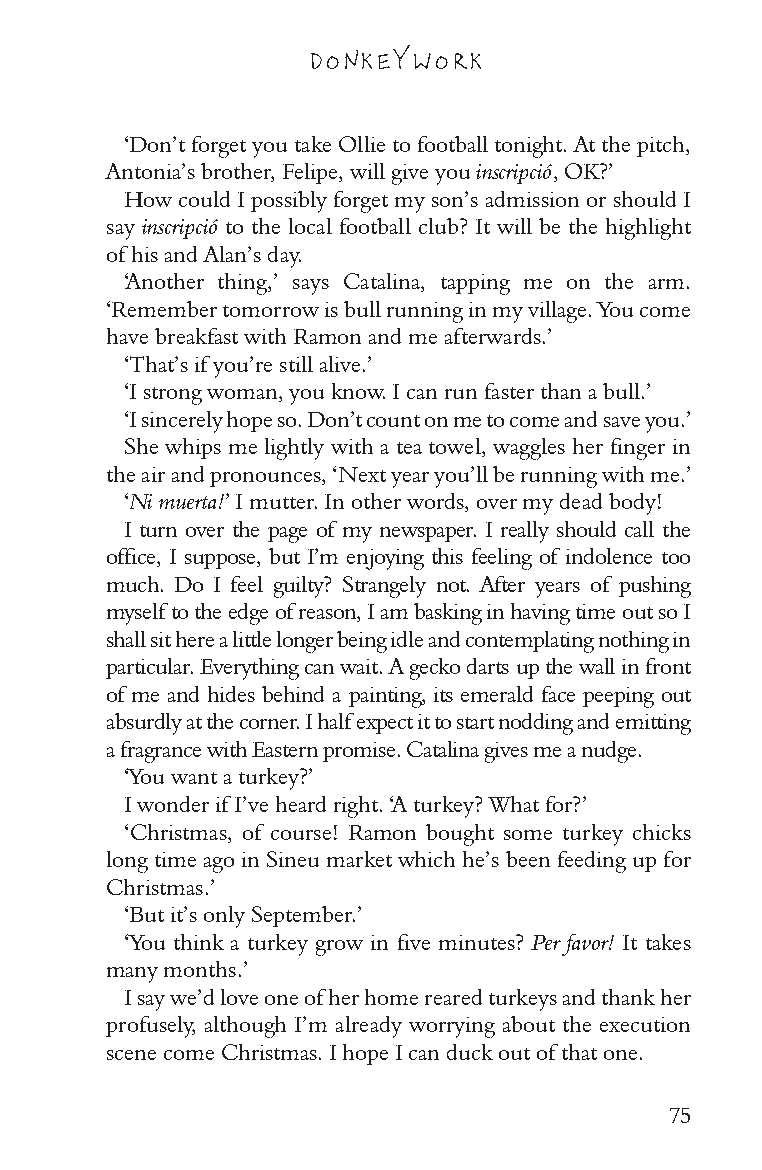
DONKEY WORK
 ‘Don’t forget you take Ollie to football tonight. At the pitch,
 Antonia’s brother, Felipe, will give you inscripció, OK?’
 How could I possibly forget my son’s admission or should I
 say inscripció to the local football club? It will be the highlight
 of his and Alan’s day.
 ‘Another thing,’ says Catalina, tapping me on the arm.
 ‘Remember tomorrow is bull running in my village. You come
 have breakfast with Ramon and me afterwards.’
 ‘That’s if you’re still alive.’
 ‘I strong woman, you know. I can run faster than a bull.’
 ‘I sincerely hope so. Don’t count on me to come and save you.’
 She whips me lightly with a tea towel, waggles her finger in
 the air and pronounces, ‘Next year you’ll be running with me.’
 ‘Ni muerta!’ I mutter. In other words, over my dead body!
 I turn over the page of my newspaper. I really should call the
 office, I suppose, but I’m enjoying this feeling of indolence too
 much. Do I feel guilty? Strangely not. After years of pushing
 myself to the edge of reason, I am basking in having time out so I
 shall sit here a little longer being idle and contemplating nothing in
 particular. Everything can wait. A gecko darts up the wall in front
 of me and hides behind a painting, its emerald face peeping out
 absurdly at the corner. I half expect it to start nodding and emitting
 a fragrance with Eastern promise. Catalina gives me a nudge.
 ‘You want a turkey?’
 I wonder if I’ve heard right. ‘A turkey? What for?’
 ‘Christmas, of course! Ramon bought some turkey chicks
 long time ago in Sineu market which he’s been feeding up for
 Christmas.’
 ‘But it’s only September.’
 ‘You think a turkey grow in five minutes? Per favor! It takes
 many months.’
 I say we’d love one of her home reared turkeys and thank her
 profusely, although I’m already worrying about the execution
 scene come Christmas. I hope I can duck out of that one.
 75